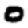
Digit: 0